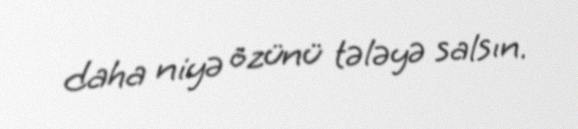
daha niyə özünü tələyə salsın.